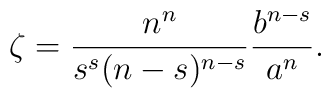
\zeta=\frac{n^{n}}{s^s(n-s)^{n-s}}\frac{b^{n-s}}{a^{n}}.